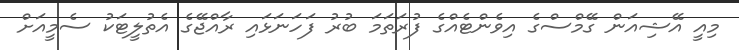
މިއީ އޭޝިއަން ގޭމްސްގެ އިިވެންޓެއްގެ ފުރަތަމަ ބުރު ފަހަނަޅައި ރާއްޖޭގެ އެތުލީޓަކު ސެމީއަށް